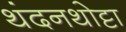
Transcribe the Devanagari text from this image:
थंदनथोट्टा